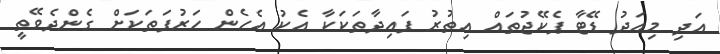
އަދި މިއަދު ޑޭޓާ ޕެކޭޖުތައް އިތުރު ފައިދާތަކަކާ އެކު އެހެން ހަރުފަތަކަށް ގެންދެވޭތީ